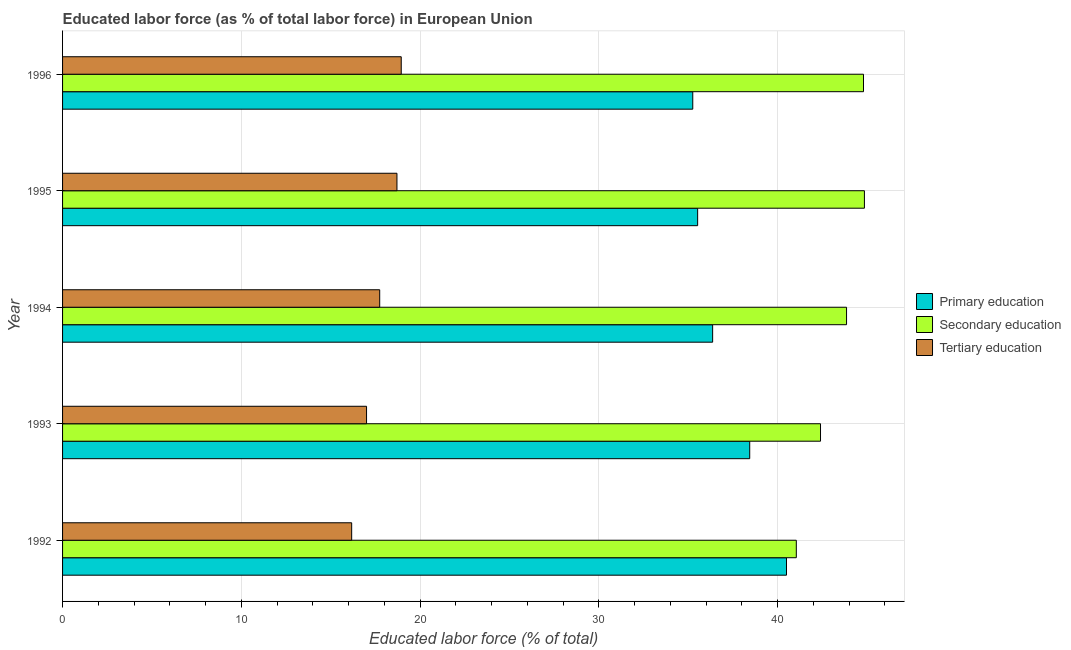
| Year | Primary education | Secondary education | Tertiary education |
 | --- | --- | --- | --- |
 | 1992 | 40.5 | 41 | 16.2 |
 | 1993 | 38.4 | 42.4 | 17 |
 | 1994 | 36.4 | 43.9 | 17.7 |
 | 1995 | 35.5 | 44.9 | 18.7 |
 | 1996 | 35.3 | 44.8 | 18.9 |